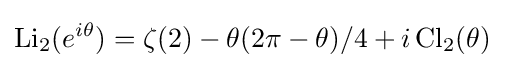
\operatorname {Li} _{2}(e^{i\theta })=\zeta (2)-\theta (2\pi -\theta )/4+i\operatorname {Cl} _{2}(\theta )